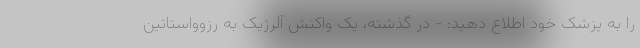
را به پزشک خود اطلاع دهید: - در گذشته، یک واکنش آلرژیک به رزوواستاتین